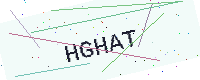
Text: HGHAT